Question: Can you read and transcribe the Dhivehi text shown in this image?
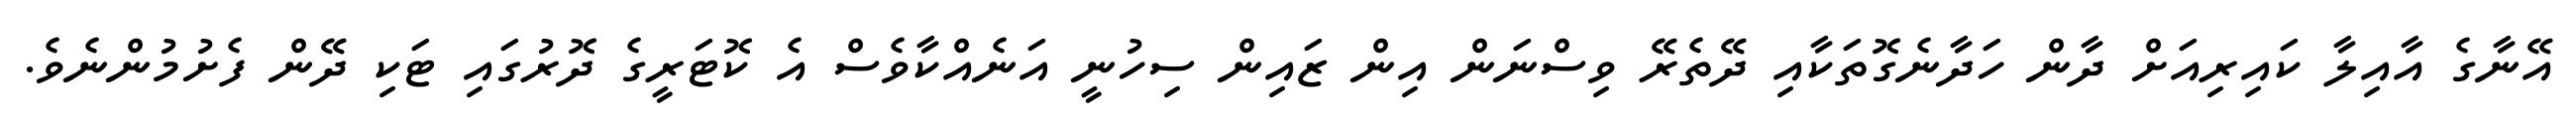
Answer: އޭނާގެ އާއިލާ ކައިރިއަށް ދާން ހަދާނެގޮތަކާއި ދޭތެރޭ ވިސްނަން އިން ޒައިން ސިހުނީ އަނެއްކާވެސް އެ ކޮޓަރީގެ ދޮރުގައި ޓަކި ދޭން ފެށުމުންނެވެ.